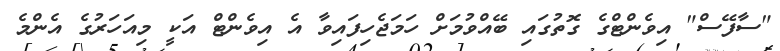
"ސާފޭސް" އިވެންޓްގެ ގޮތުގައި ބޭއްވުމަށް ހަމަޖެހިފައިވާ އެ އިވެންޓް އަކީ މިއަހަރުގެ އެންމެ